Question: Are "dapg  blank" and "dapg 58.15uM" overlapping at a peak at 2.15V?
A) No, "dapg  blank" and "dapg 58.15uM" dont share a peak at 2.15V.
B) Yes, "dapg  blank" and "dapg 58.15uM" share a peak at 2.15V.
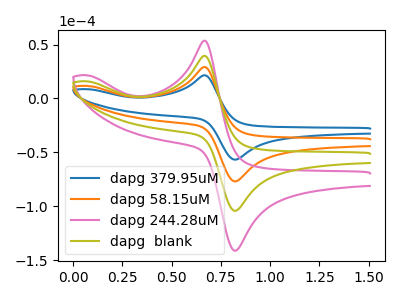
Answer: <think>The blue curve "dapg 379.95uM" has an anodic peak at (0.65V, 21.55uA) and a cathodic peak at (0.85V, -56.65uA). The orange curve "dapg 58.15uM" has an anodic peak at (0.65V, 29.20uA) and a cathodic peak at (0.85V, -76.75uA). The pink curve "dapg 244.28uM" has an anodic peak at (0.65V, 87.55uA) and a cathodic peak at (0.85V, -230.30uA). The olive curve "dapg  blank" has an anodic peak at (0.65V, 58.35uA) and a cathodic peak at (0.85V, -153.50uA).</think>
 <answer>A) No, "dapg  blank" and "dapg 58.15uM" dont share a peak at 2.15V.</answer>
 <eval>A</eval>